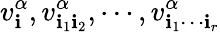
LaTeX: v_{\mathbf{i}}^{\alpha},v_{\mathbf{i}_{1}\mathbf{i}_{2}}^{\alpha},\cdots,v_{\mathbf{i}_{1}\cdots\mathbf{i}_{r}}^{\alpha}